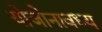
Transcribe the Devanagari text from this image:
योजोनावध्य